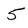
Character: 5